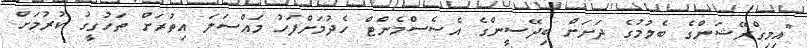
"އިމިގްރޭޝަންގެ ބެލުމުގެ ދަށަށް ބިދޭސީންގެ އެސެސްމެންޓް ހެދުމަށްފަހު މައްސަލަ އިތުރަށް ތަހުގީގު ކުރުމަށް